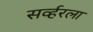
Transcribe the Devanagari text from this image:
सर्व्हरला